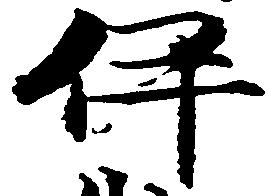
伊